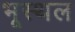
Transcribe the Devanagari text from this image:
भूस्थल